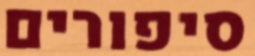
סיפורים